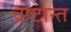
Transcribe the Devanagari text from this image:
द्रष्टान्त